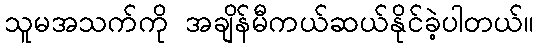
သူမအသက်ကို အချိန်မီကယ်ဆယ်နိုင်ခဲ့ပါတယ်။